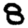
Digit: 8